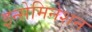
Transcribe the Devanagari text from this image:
इन्सेमिनेशन